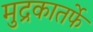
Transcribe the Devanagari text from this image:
मुद्रकातर्फे